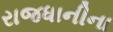
રાજધાનીના